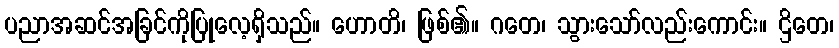
ပညာအဆင်အခြင်ကိုပြုလေ့ရှိသည်။ ဟောတိ၊ ဖြစ်၏။ ဂတေ၊ သွားသော်လည်းကောင်း။ ဌိတေ၊